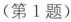
(第1题)